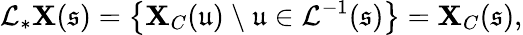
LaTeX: \mathcal{L}_{*}\mathbf{X}(\mathfrak{s})=\left\{ \mathbf{X}_{C}(\mathfrak{u})\ \backslash\ \mathfrak{u}\in\mathcal{L}^{-1}(\mathfrak{s})\right\} =\mathbf{X}_{C}(\mathfrak{s}),